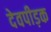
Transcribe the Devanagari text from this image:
देवपीड़क